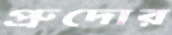
প্রুদোর